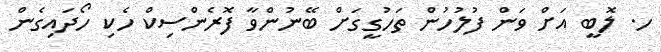
ހ. ލޮބީ އަށް ވަން ފުލުހުން ތަހުގީގަށް ބޭނުންވާ ފޮރެންސިކް ހެކި ހޯދައިގެން